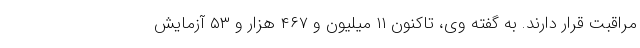
مراقبت قرار دارند. به گفته وی، تاکنون ۱۱ میلیون و ۴۶۷ هزار و ۵۳ آزمایش